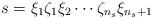
LaTeX: \begin{align*} s=\xi_1\zeta_1\xi_2\cdots\zeta_{n_s}\xi_{n_s+1} \end{align*}